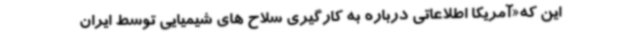
این که«آمریکا اطلاعاتی درباره به کارگیری سلاح های شیمیایی توسط ایران